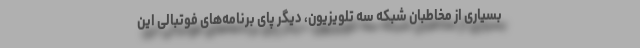
بسیاری از مخاطبان شبکه سه تلویزیون، دیگر پای برنامه‌های فوتبالی این